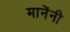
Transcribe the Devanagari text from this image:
मानेंनी